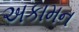
અકામન